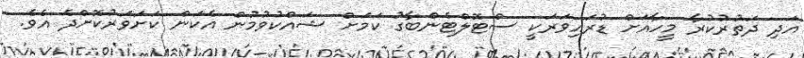
އަދި ދަތުރުކުރާ މީހާއަށް ޑުރައިވަރަކީ ސްޓޮލްޓެންބާގު ކަމަށް ޝައްކުވުމުން އެކަން ކަށަވަރުކޮށްދެ އެވެ.